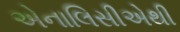
એનાલિસીએથી